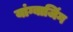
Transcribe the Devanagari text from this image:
यांग्बाजिंग